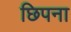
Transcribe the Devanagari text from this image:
छिपना